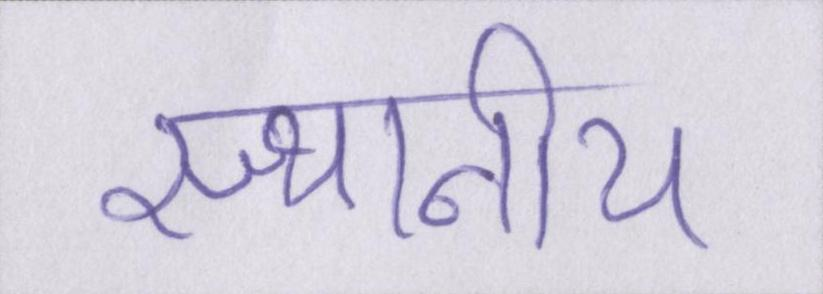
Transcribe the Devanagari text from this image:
स्थानीय